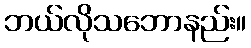
ဘယ်လိုသဘောနည်း။